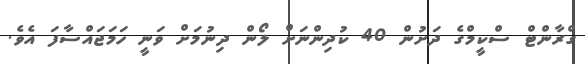
ގްރާންޓް ސްކީމްގެ ދަށުން 40 ކުދިންނަށް ލޯން ދިނުމަށް ވަނީ ހަމަޖައްސާފަ އެވެ.